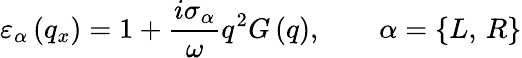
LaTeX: {{\varepsilon}_{\alpha}}\left({{q}_{x}}\right)=1+\frac{i{{\sigma}_{\alpha}}}{\omega}{{q}^{2}}G\left(q\right),\qquad\alpha=\{ L,\, R\}